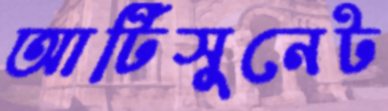
আর্টিসুনেট